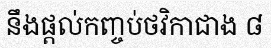
នឹងផ្តល់កញ្ចប់ថវិកាជាង ៨